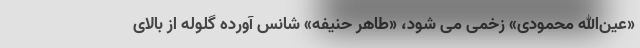
«عین‌الله محمودی» زخمی می شود، «طاهر حنیفه» شانس آورده گلوله از بالای